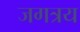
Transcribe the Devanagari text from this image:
जगत्रय